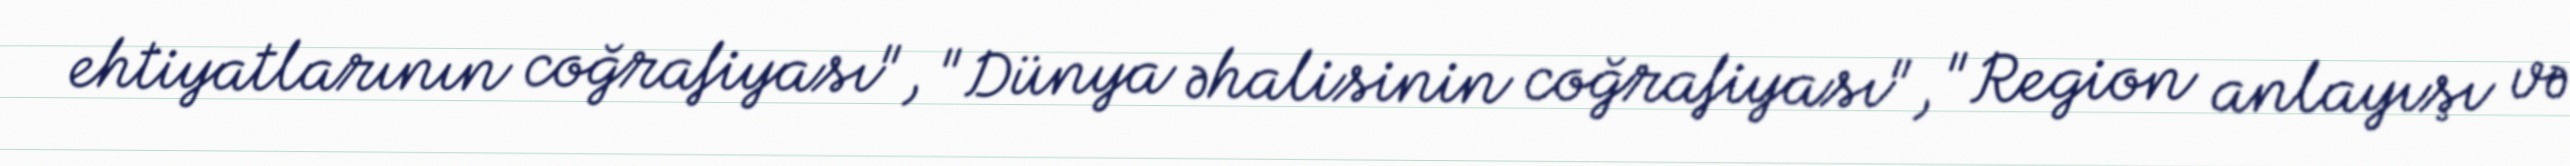
ehtiyatlarının coğrafiyası", "Dünya əhalisinin coğrafiyası", "Region anlayışı və